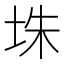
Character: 𪣎